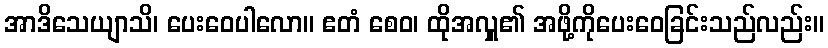
အာဒိသေယျာသိ၊ ပေးဝေပါလော။ ဧတံ စေဝ၊ ထိုအလှူ၏ အဖို့ကိုပေးဝေခြင်းသည်လည်း။